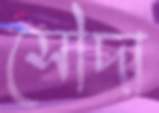
সৌদা